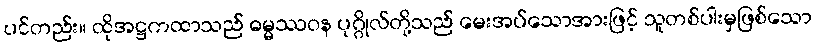
ပင်တည်း။ ထိုအဋ္ဌကထာသည် ဓမ္မဿဝန ပုဂ္ဂိုလ်တို့သည် မေးအပ်သောအားဖြင့် သူတစ်ပါးမှဖြစ်သော